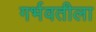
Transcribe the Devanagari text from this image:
गर्भवतीला